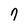
Character: 9